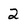
Character: 2